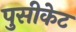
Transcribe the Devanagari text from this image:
पुसीकेट